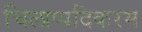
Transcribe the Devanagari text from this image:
चिलाप्पदिकरम